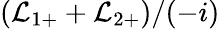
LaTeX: (\mathcal{L}_{1+}+\mathcal{L}_{2+})/(-i)